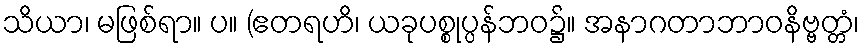
သိယာ၊ မဖြစ်ရာ။ ပ။ (ဧတရဟိ၊ ယခုပစ္စုပ္ပန်ဘဝ၌။ အနာဂတာဘာဝနိဗ္ဗတ္တံ၊